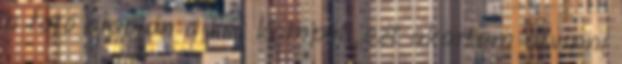
a fotó alapján a két kampót, ezt akartam átvinni